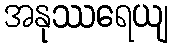
အနုဿရေယျ